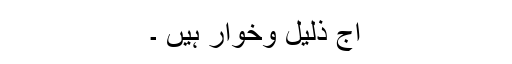
آج ذلیل وخوار ہیں ۔